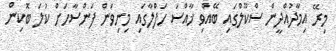
މިރޭ އިމާދުއްދީން ސްކޫލްގައި ބޭއްވި ޚާއްސަ ހަފްލާގައި މިނިވަން ފަންސާހަށް ކުލަ ބޮކިން